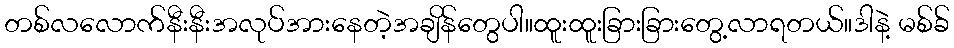
တစ်လလောက်နီးနီးအလုပ်အားနေတဲ့အချိန်တွေပါ။ထူးထူးခြားခြားတွေ့လာရတယ်။ဒါနဲ့ မစ်ခ်